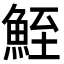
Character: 𩶪